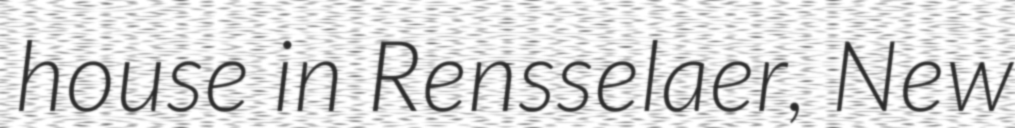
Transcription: house in Rensselaer, New